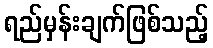
ရည်မှန်းချက်ဖြစ်သည့်